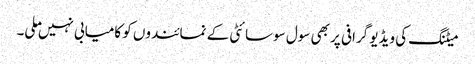
میٹنگ کی ویڈیو گرافی پر بھی سول سوسائٹی کے نمائندوں کو کامیابی نہیں ملی۔